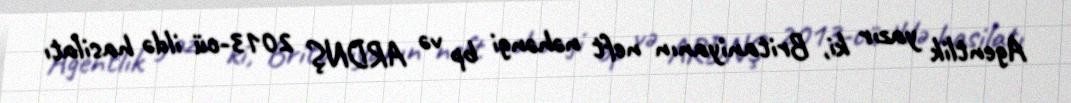
Agentlik yazır ki, Britaniyanın neft nəhəngi bp və ARDNŞ 2013-cü ildə hasilatı